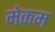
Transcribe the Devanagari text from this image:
मेकम